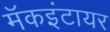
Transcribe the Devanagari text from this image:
मॅकइंटायर